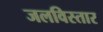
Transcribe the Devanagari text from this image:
जलविस्तार